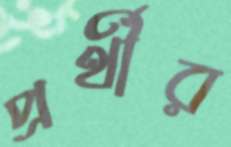
প্রর্থীর